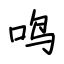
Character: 鸣